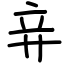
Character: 竎